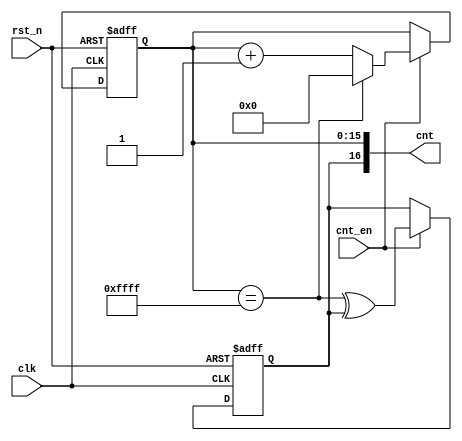
`timescale 1ns / 1ps

module fifo_counter #(
    parameter DEPTH = 2**16
)(
    cnt,
    cnt_en,
    rst_n,
    clk
);

    localparam ADDR_WIDTH = $clog2(DEPTH);

    output [ADDR_WIDTH:0] cnt;
    input cnt_en, rst_n, clk;

    reg [ADDR_WIDTH-1:0] cnt_low;
    reg cnt_msb;

    assign cnt = {cnt_msb, cnt_low};
    wire at_limit = cnt_low == DEPTH - 1;

    always @ (posedge clk or negedge rst_n) begin
        if (~rst_n) begin
            {cnt_msb, cnt_low} <= 0;
        end
        else if (cnt_en) begin
            cnt_msb <= at_limit ^ cnt_msb;
            cnt_low <= at_limit ? 0 : cnt_low + 1;
        end
    end

endmodule